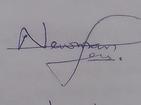
Signature authenticity: genuine